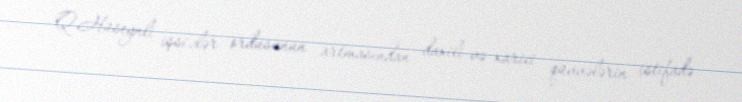
Q.Hüseynli işsizlər ordusunun artmasından daxili və xarici qüvvələrin istifadə